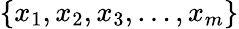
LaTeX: \left\{ x_{1},x_{2},x_{3},\dots,x_{m}\right\}